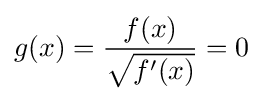
g(x)={\frac {f(x)}{\sqrt {f'(x)}}}=0